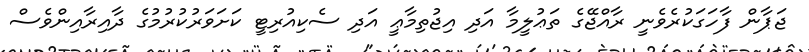
ޖަޕާން ފާހަގަކުރެވެނީ ރާއްޖޭގެ ތަޢުލީމާ އަދި އިޖުތިމާޢީ އަދި ސެކިއުރިޓީ ކަށަވަރުކުރުމުގެ ދާއިރާއިންވެސް